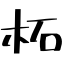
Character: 柘